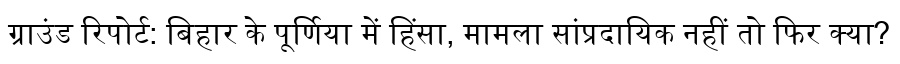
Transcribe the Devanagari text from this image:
ग्राउंड रिपोर्ट: बिहार के पूर्णिया में हिंसा, मामला सांप्रदायिक नहीं तो फिर क्या?